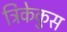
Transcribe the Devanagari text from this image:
ट्रिकेकुस